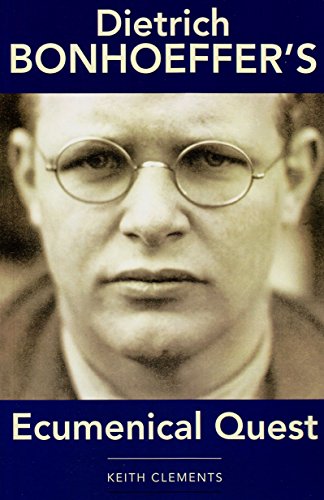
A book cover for Dietrich Bonhoeffer's Ecumenical Quest; Keith Clements; Christian Books & Bibles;